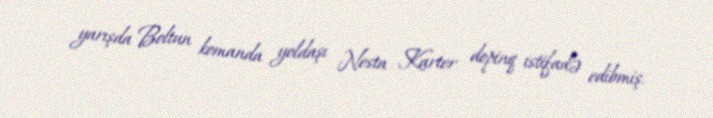
yarışda Boltun komanda yoldaşı Nesta Karter dopinq istifadə edibmiş.